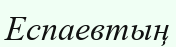
Еспаевтың